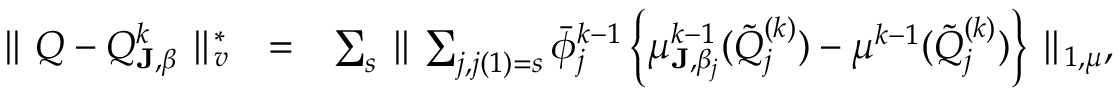
\begin{array} { r l r } { \parallel Q - Q _ { { \bf J } , \beta } ^ { k } \parallel _ { v } ^ { * } } & { = } & { \sum _ { s } \parallel \sum _ { j , j ( 1 ) = s } \bar { \phi } _ { j } ^ { k - 1 } \left\{ \mu _ { { \bf J } , \beta _ { j } } ^ { k - 1 } ( \tilde { Q } _ { j } ^ { ( k ) } ) - \mu ^ { k - 1 } ( \tilde { Q } _ { j } ^ { ( k ) } ) \right\} \parallel _ { 1 , \mu } , } \end{array}